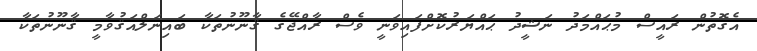
އެގޮތުން ރައީސް މުޙައްމަދު ނަޝީދު ޙައްޔަރުކޮށްފައިވަނީ ވެސް ރާއްޖޭގެ ޤާނޫނުތަކާ ބައިނަލްއަޤުވާމީ ޤާނޫނުތަކާ